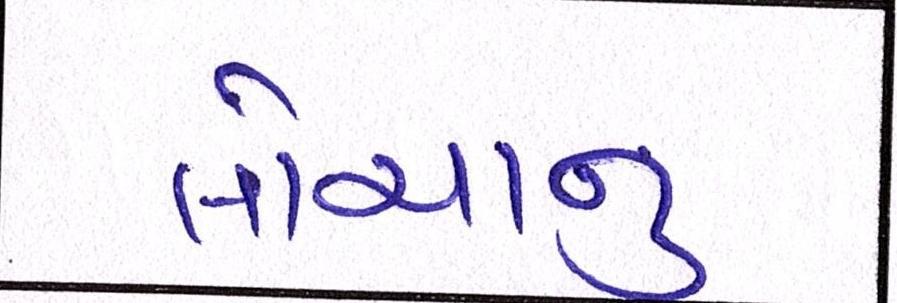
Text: લોચાનું